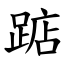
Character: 踮